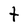
Character: t